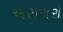
અસરારો